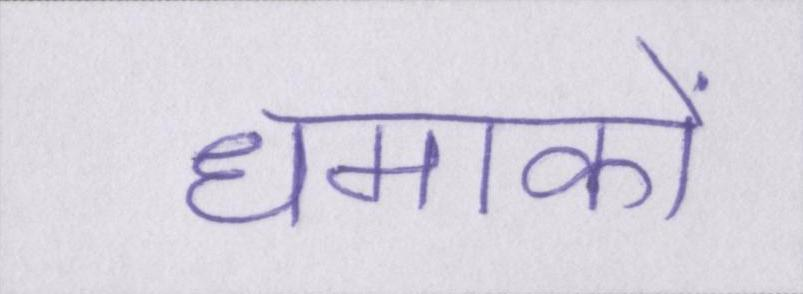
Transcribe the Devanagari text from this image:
धमाकों